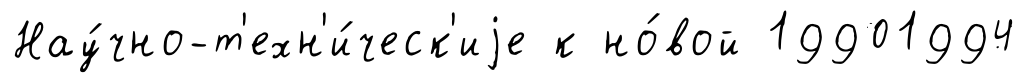
Нау́чно-т'ехн'и́ческ'иjе к но́вой 19901994